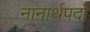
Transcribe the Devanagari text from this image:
नानार्थपदों